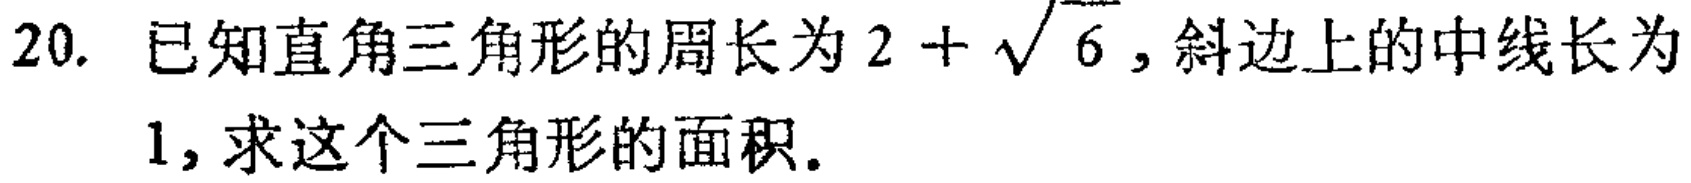
20. 已知直角三角形的周长为\(2 + \sqrt{6}\)，斜边上的中线长为
1，求这个三角形的面积。